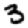
Digit: 3